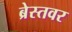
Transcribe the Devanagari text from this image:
ब्रेस्तवर